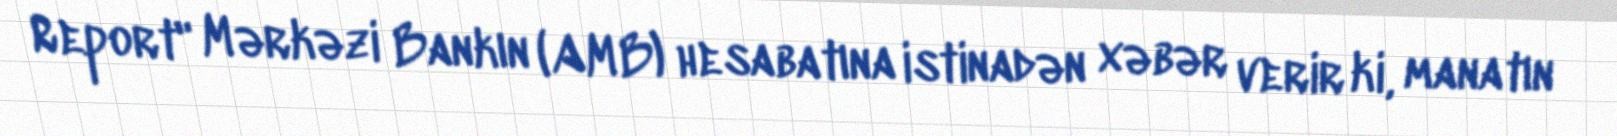
Report" Mərkəzi Bankın (AMB) hesabatına istinadən xəbər verir ki, manatın